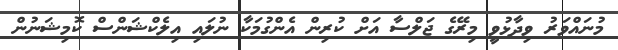
މުނައްވަރު ވިދާޅުވީ މިރޭގެ ޖަލްސާ އަށް ކުރިން އެންގުމަކާ ނުލައި އިލެކްޝަންސް ކޮމިޝަނުން